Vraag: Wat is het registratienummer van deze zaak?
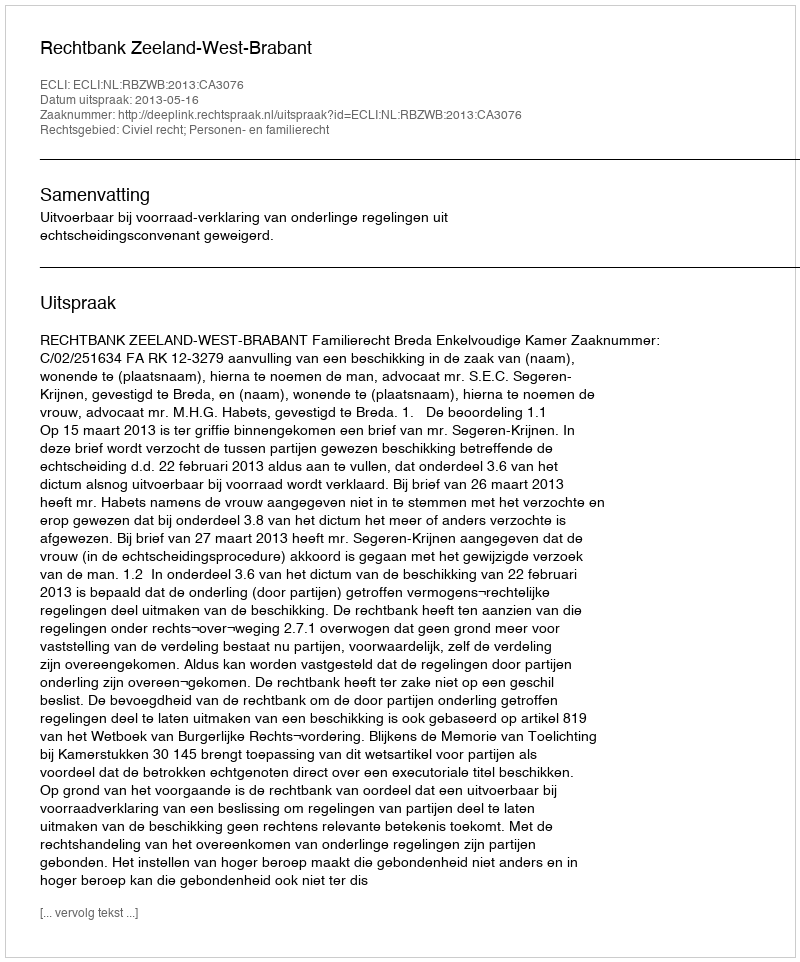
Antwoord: http://deeplink.rechtspraak.nl/uitspraak?id=ECLI:NL:RBZWB:2013:CA3076